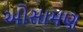
ઓસામણ